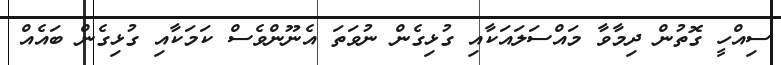
ސިއްހީ ގޮތުން ދިމާވާ މައްސަލައަކާއި ގުޅިގެން ނުވަތަ އެނޫންވެސް ކަމަކާއި ގުޅިގެން ބައެއް